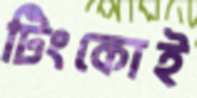
টিংকোই